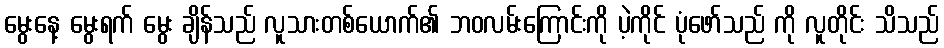
မွေးနေ့ မွေးရက် မွေး ချိန်သည် လူသားတစ်ယောက်၏ ဘဝလမ်းကြောင်းကို ပဲ့ကိုင် ပုံဖော်သည် ကို လူတိုင်း သိသည်